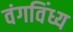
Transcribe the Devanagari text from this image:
वंगविंध्य